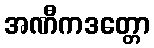
အဏီကဒတ္တော